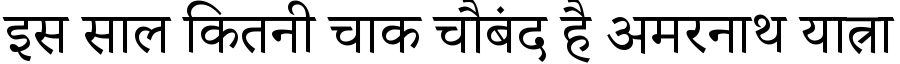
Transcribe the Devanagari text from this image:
इस साल कितनी चाक चौबंद है अमरनाथ यात्रा